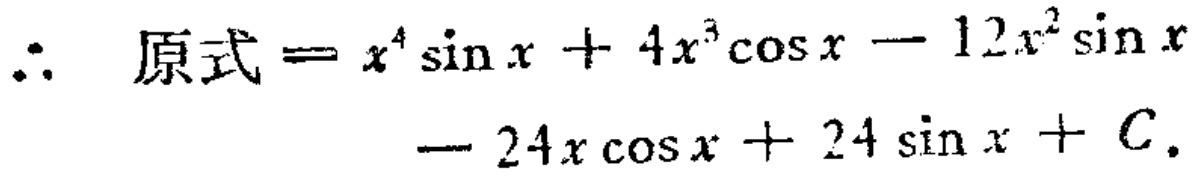
\(\therefore\) 原式 \(= x^{4}\sin x + 4x^{3}\cos x - 12x^{2}\sin x - 24x\cos x + 24\sin x + C.\)